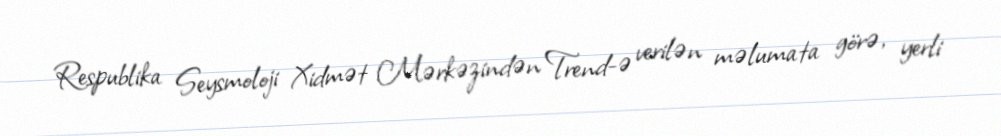
Respublika Seysmoloji Xidmət Mərkəzindən Trend-ə verilən məlumata görə, yerli